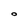
Character: O